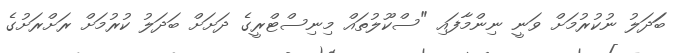
ބަަދަލު ނުކުރުމަށް ވަނީ ނިންމާފައި "ސްކޫލުތައް މިނިސްޓްރީގެ ދަށަށް ބަދަލު ކުރުމަށް ރަށްރަށުގެ